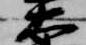
太